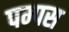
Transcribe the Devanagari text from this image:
पम्पस